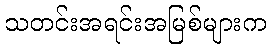
သတင်းအရင်းအမြစ်များက